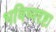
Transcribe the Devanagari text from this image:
भविष्यदृष्टा